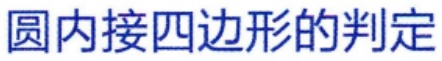
圆内接四边形的判定